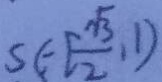
S \in [ \frac { \sqrt { 3 } } { 2 } , 1 )